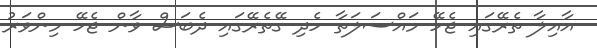
އާއިލާ ތެރޭގައި ޖެހޭ މައްސަލަތާ ހެދި ގޭތެރޭގައި ދެބަސް ވާން ޖެހޭ މިންވަރު